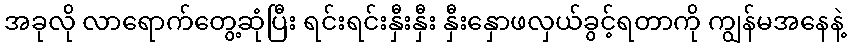
အခုလို လာရောက်တွေ့ဆုံပြီး ရင်းရင်းနှီးနှီး နှီးနှောဖလှယ်ခွင့်ရတာကို ကျွန်မအနေနဲ့